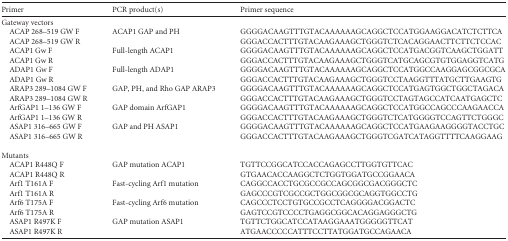
| Primer | PCR product(s) | Primer sequence |
 | --- | --- | --- |
 | Gateway vectors |  |  |
 | ACAP 268–519 GW F | ACAP1 GAP and PH | GGGGACAAGTTTGTACAAAAAAGCAGGCTCCATGGAAGGACATCTCTTCA |
 | ACAP 268–519 GW R |  | GGGACCACTTTGTACAAGAAAGCTGGGTCTCACAGGAACTTCTTCTCCAC |
 | ACAP1 Gw F | Full-length ACAP1 | GGGGACAAGTTTGTACAAAAAAGCAGGCTCCATGACGGTCAAGCTGGATT |
 | ACAP1 Gw R |  | GGGACCACTTTGTACAAGAAAGCTGGGTCATGCAGCGTGTGGAGGTCATG |
 | ADAP1 Gw F | Full-length ADAP1 | GGGGACAAGTTTGTACAAAAAAGCAGGCTCCATGGCCAAGGAGCGGCGCA |
 | ADAP1 Gw R |  | GGGACCACTTTGTACAAGAAAGCTGGGTCCTAAGGTTTATGCTTGAAGTG |
 | ARAP3 289–1084 GW F | GAP, PH, and Rho GAP ARAP3 | GGGGACAAGTTTGTACAAAAAAGCAGGCTCCATGAGTGGCTGGCTAGACA |
 | ARAP3 289–1084 GW R |  | GGGACCACTTTGTACAAGAAAGCTGGGTCCTAGTAGCCATCAATGAGCTC |
 | ArfGAP1 1–136 GW F | GAP domain ArfGAP1 | GGGGACAAGTTTGTACAAAAAAGCAGGCTCCATGGCCAGCCCAAGAACCA |
 | ArfGAP1 1–136 GW R |  | GGGACCACTTTGTACAAGAAAGCTGGGTCTCATGGGGTCCAGTTCTGGGC |
 | ASAP1 316–665 GW F | GAP and PH ASAP1 | GGGGACAAGTTTGTACAAAAAAGCAGGCTCCATGAAGAAGGGGTACCTGC |
 | ASAP1 316–665 GW R |  | GGGACCACTTTGTACAAGAAAGCTGGGTCGATCATAGGTTTTCAAGGAAG |
 | Mutants |  |  |
 | ACAP1 R448Q F | GAP mutation ACAP1 | TGTTCCGGCATCCACCAGAGCCTTGGTGTTCAC |
 | ACAP1 R448Q R |  | GTGAACACCAAGGCTCTGGTGGATGCCGGAACA |
 | Arf1 T161A F | Fast-cycling Arf1 mutation | CAGGCCACCTGCGCCGCCAGCGGCGACGGGCTC |
 | Arf1 T161A R |  | GAGCCCGTCGCCGCTGGCGGCGCAGGTGGCCTG |
 | Arf6 T175A F | Fast-cycling Arf6 mutation | CAGCCCTCCTGTGCCGCCTCAGGGGACGGACTC |
 | Arf6 T175A R |  | GAGTCCGTCCCCTGAGGCGGCACAGGAGGGCTG |
 | ASAP1 R497K F | GAP mutation ASAP1 | TGTTCTGGCATCCATAAGGAAATGGGGGTTCAT |
 | ASAP1 R497K R |  | ATGAACCCCCATTTCCTTATGGATGCCAGAACA |